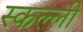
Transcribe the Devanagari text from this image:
स्कल्ली